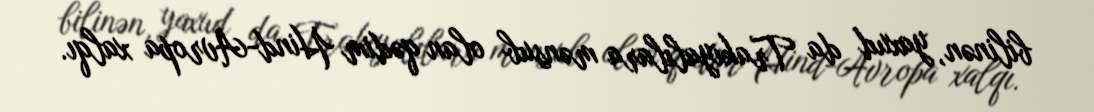
bilinən, yaxud da Trakiyalılara mənsub olan qədim Hind-Avropa xalqı.